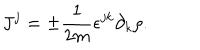
J ^ { j } = \pm \frac { 1 } { 2 m } \epsilon ^ { j k } \partial _ { k } \rho .